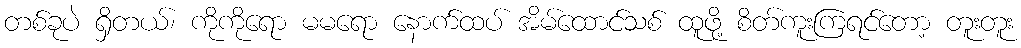
တစ်ခုပဲ ရှိတယ်၊ ကိုကိုရော မမရော နောက်ထပ် အိမ်ထောင်သစ် ထူဖို့ စိတ်ကူးကြရင်တော့ တူးတူး